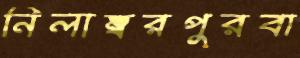
নিলাম্বরপুরবা